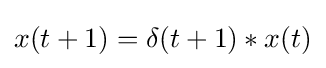
x(t+1)=\delta (t+1)*x(t)